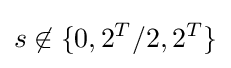
s\not \in \{0,2^{T}/2,2^{T}\}